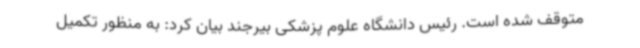
متوقف شده است. رئیس دانشگاه علوم پزشکی بیرجند بیان کرد: به منظور تکمیل